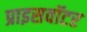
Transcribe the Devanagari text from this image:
प्राइसवॉटर